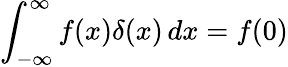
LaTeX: \int_{-\infty}^{\infty}f(x)\delta(x)\, dx=f(0)